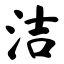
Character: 洁